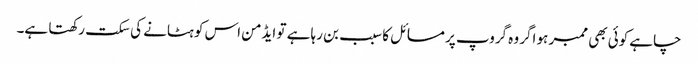
چاہے کوئی بھی ممبر ہو اگر وہ گروپ پر مسائل کا سبب بن رہا ہے تو ایڈمن اس کو ہٹانے کی سکت رکھتا ہے۔